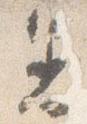
着